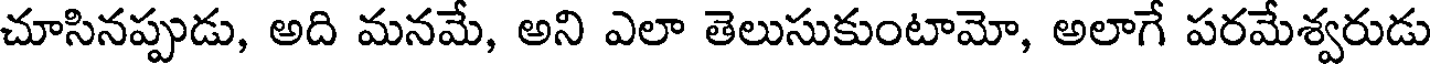
చూసినప్పుడు, అది మనమే, అని ఎలా తెలుసుకుంటామో, అలాగే పరమేశ్వరుడు